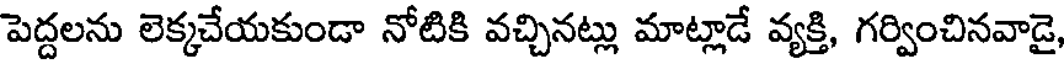
పెద్దలను లెక్కచేయకుండా నోటికి వచ్చినట్లు మాట్లాడే వ్యక్తి, గర్వించినవాడై,